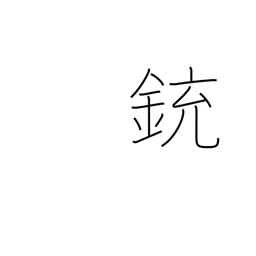
Meaning: gun